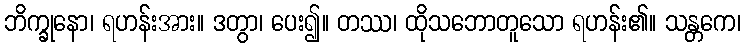
ဘိက္ခုနော၊ ရဟန်းအား။ ဒတွာ၊ ပေး၍။ တဿ၊ ထိုသဘောတူသော ရဟန်း၏။ သန္တကေ၊